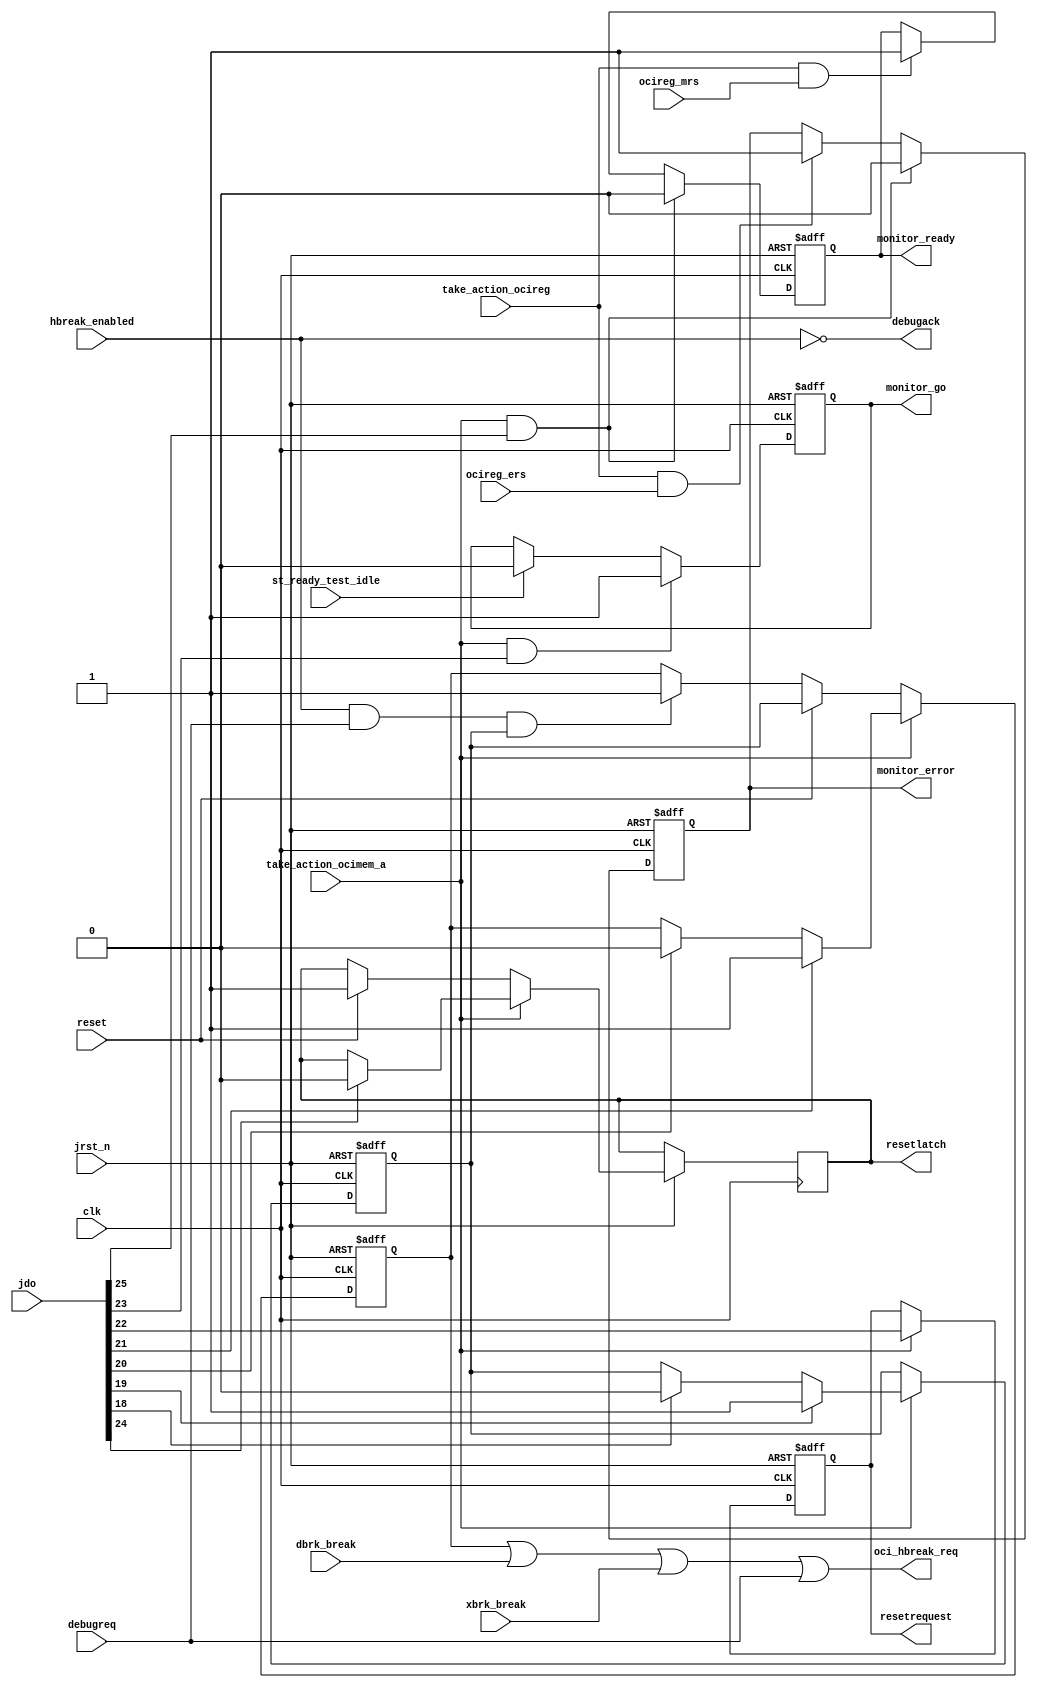
module niosII_system_nios2_0_nios2_oci_debug (
                                                clk,
                                                dbrk_break,
                                                debugreq,
                                                hbreak_enabled,
                                                jdo,
                                                jrst_n,
                                                ocireg_ers,
                                                ocireg_mrs,
                                                reset,
                                                st_ready_test_idle,
                                                take_action_ocimem_a,
                                                take_action_ocireg,
                                                xbrk_break,
                                                debugack,
                                                monitor_error,
                                                monitor_go,
                                                monitor_ready,
                                                oci_hbreak_req,
                                                resetlatch,
                                                resetrequest
                                             )
;
  output           debugack;
  output           monitor_error;
  output           monitor_go;
  output           monitor_ready;
  output           oci_hbreak_req;
  output           resetlatch;
  output           resetrequest;
  input            clk;
  input            dbrk_break;
  input            debugreq;
  input            hbreak_enabled;
  input   [ 37: 0] jdo;
  input            jrst_n;
  input            ocireg_ers;
  input            ocireg_mrs;
  input            reset;
  input            st_ready_test_idle;
  input            take_action_ocimem_a;
  input            take_action_ocireg;
  input            xbrk_break;
  wire             debugack;
  reg              jtag_break ;
  reg              monitor_error ;
  reg              monitor_go ;
  reg              monitor_ready ;
  wire             oci_hbreak_req;
  reg              probepresent ;
  reg              resetlatch ;
  reg              resetrequest ;
  always @(posedge clk or negedge jrst_n)
    begin
      if (jrst_n == 0)
        begin
          probepresent <= 1'b0;
          resetrequest <= 1'b0;
          jtag_break <= 1'b0;
        end
      else if (take_action_ocimem_a)
        begin
          resetrequest <= jdo[22];
          jtag_break <= jdo[21]     ? 1 
                    : jdo[20]  ? 0 
                    : jtag_break;
          probepresent <= jdo[19]     ? 1
                    : jdo[18]  ? 0
                    :  probepresent;
          resetlatch <= jdo[24] ? 0 : resetlatch;
        end
      else if (reset)
        begin
          jtag_break <= probepresent;
          resetlatch <= 1;
        end
      else if (~debugack & debugreq & probepresent)
          jtag_break <= 1'b1;
    end
  always @(posedge clk or negedge jrst_n)
    begin
      if (jrst_n == 0)
        begin
          monitor_ready <= 1'b0;
          monitor_error <= 1'b0;
          monitor_go <= 1'b0;
        end
      else 
        begin
          if (take_action_ocimem_a && jdo[25])
              monitor_ready <= 1'b0;
          else if (take_action_ocireg && ocireg_mrs)
              monitor_ready <= 1'b1;
          if (take_action_ocimem_a && jdo[25])
              monitor_error <= 1'b0;
          else if (take_action_ocireg && ocireg_ers)
              monitor_error <= 1'b1;
          if (take_action_ocimem_a && jdo[23])
              monitor_go <= 1'b1;
          else if (st_ready_test_idle)
              monitor_go <= 1'b0;
        end
    end
  assign oci_hbreak_req = jtag_break | dbrk_break | xbrk_break | debugreq;
  assign debugack = ~hbreak_enabled;
endmodule